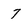
Character: 7